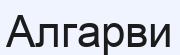
Алгарви